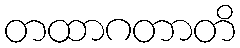
တထာဂတာတိ